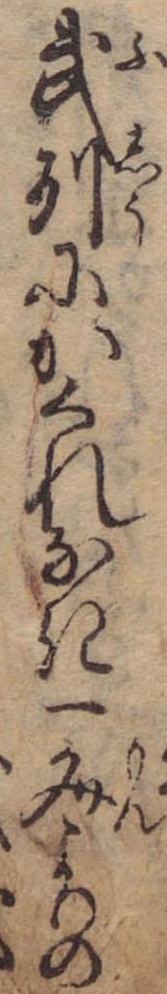
武州にかくれなき一文よりの